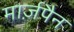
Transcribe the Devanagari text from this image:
मार्ज़पैन